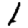
Digit: 1